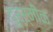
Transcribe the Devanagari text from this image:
दुर्र्मीळ